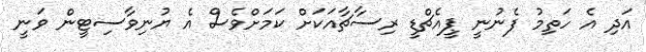
އަދި އެ ހަތިމު ފެނުނީ ޕީއެޗްޑީ ރިސާޗާއަކަށް ކަމަށްވެސް އެ ޔުނިވާސިޓީން ވަނީ